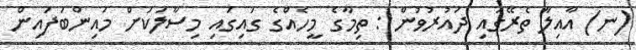
(ނ) އާއިލާ ތެރޭގައި ދައުރުވުން : ތިމާގެ މީހެއްގެ ގައިގައި މިސާލަކަށް މައިންބަފައިން